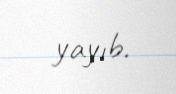
yayıb.